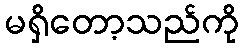
မရှိတော့သည်ကို